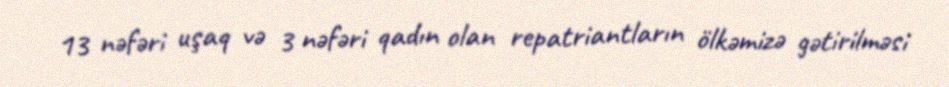
13 nəfəri uşaq və 3 nəfəri qadın olan repatriantların ölkəmizə gətirilməsi